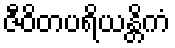
ဇီဝိတပရိယန္တိကံ